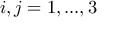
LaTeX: i , j = 1 , . . . , 3